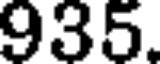
935.